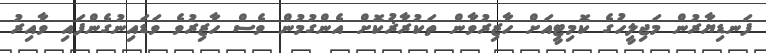
ފަނޑިޔާރުން މަޖިލީހުގެ ކޮމިޓީއަށް ހާޒިރުވާން ތަކުރާޜުކޮށް އެންގުމުން ވެސް ހާޒިރުވެ ވަޑައިނުގެންފައި ވާއިރު